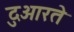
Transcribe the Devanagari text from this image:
दुआरते